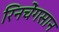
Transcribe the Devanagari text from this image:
रिनचेंगसान